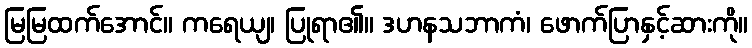
မြမြထက်အောင်။ ကရေယျ၊ ပြုရာ၏။ ဒဟနသဘာကံ၊ ဖောက်ပြာနှင့်ဆားကို။